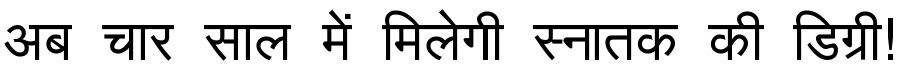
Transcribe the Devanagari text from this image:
अब चार साल में मिलेगी स्नातक की डिग्री!